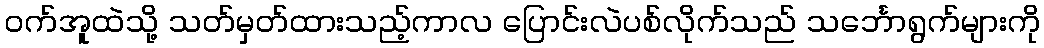
ဝက်အူထဲသို့ သတ်မှတ်ထားသည့်ကာလ ပြောင်းလဲပစ်လိုက်သည် သင်္ဘောရွက်များကို